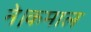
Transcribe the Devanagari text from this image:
ने।कमाल